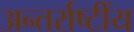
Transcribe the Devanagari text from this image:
अन्तर्राष्टींय